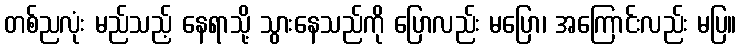
တစ်ညလုံး မည်သည့် နေရာသို့ သွားနေသည်ကို ပြောလည်း မပြော၊ အကြောင်းလည်း မပြ။